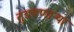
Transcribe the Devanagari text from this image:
तुडवणाऱ्या